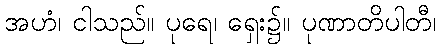
အဟံ၊ ငါသည်။ ပုရေ၊ ရှေး၌။ ပုဏာတိပါတီ၊